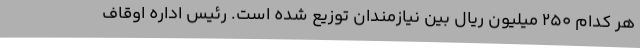
هر کدام 250 میلیون ریال بین نیازمندان توزیع شده است. رئیس اداره اوقاف